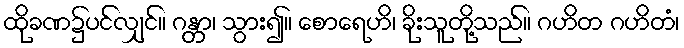
ထိုခဏ၌ပင်လျှင်။ ဂန္တာ၊ သွား၍။ စောရေဟိ၊ ခိုးသူတို့သည်။ ဂဟိတ ဂဟိတံ၊